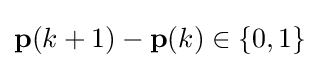
\mathbf {p} (k+1)-\mathbf {p} (k)\in \{0,1\}